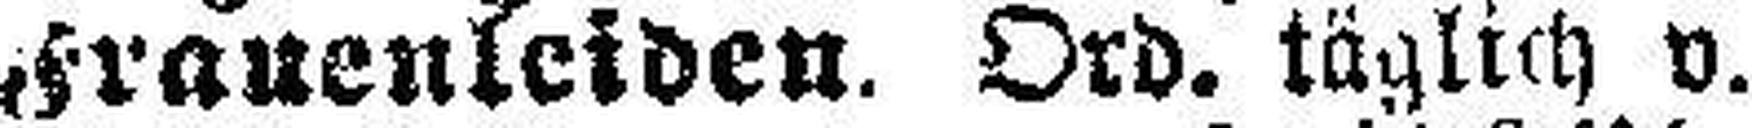
Frauenleiden. Ord. täglich v.